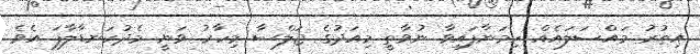
އިތުރު މައްސަލައެއް ހިމަނާފައިވާ ނުވާތީ މިއަދުގެ ޖަލްސާ މިހާރު ވަނީ މެދުކަނޑާލާފަ އެވެ.